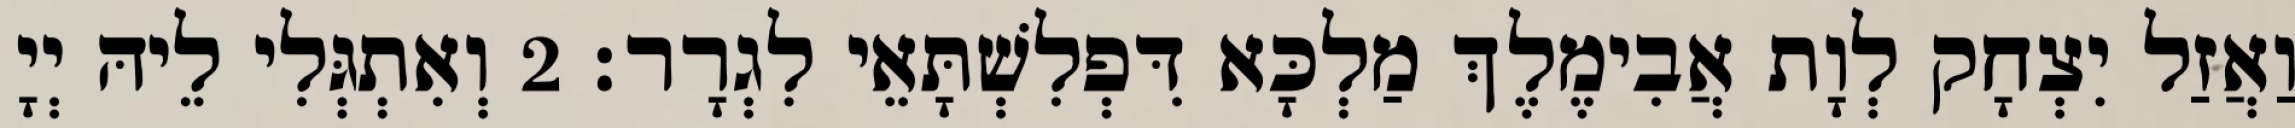
וַאֲזַל יִצְחָק לְוָת אֲבִימֶלֶךְ מַלְכָּא דִּפְלִשְׁתָּאֵי לִגְרָר׃ 2 וְאִתְגְּלִי לֵיהּ יְיָ